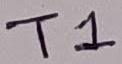
Text: T1